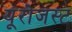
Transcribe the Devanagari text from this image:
यूरोजस्ट